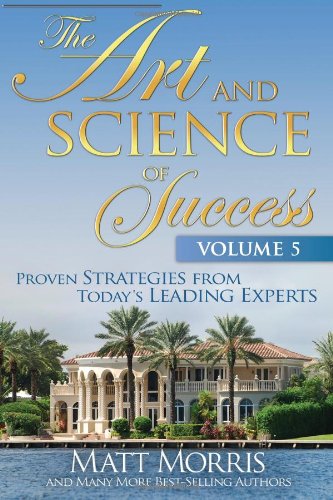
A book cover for The Art and Science of Success, Volume 5: Proven Strategies from Today's Leading Experts; Matt Morris; Business & Money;